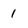
Character: 1